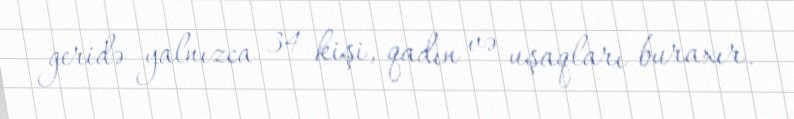
geridə yalnızca 34 kişi, qadın və uşaqları buraxır.